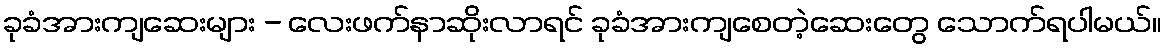
ခုခံအားကျဆေးများ - လေးဖက်နာဆိုးလာရင် ခုခံအားကျစေတဲ့ဆေးတွေ သောက်ရပါမယ်။